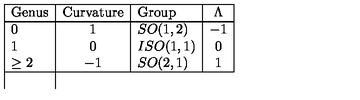
\begin{array} { | l | c | l | c | } \hline { \mathrm { G e n u s } } & { \mathrm { C u r v a t u r e } } & { \mathrm { G r o u p } } & { \Lambda } \\ \hline { 0 } & { 1 } & { S O ( 1 , 2 ) } & { - 1 } \\ { 1 } & { 0 } & { I S O ( 1 , 1 ) } & { 0 } \\ { \geq 2 } & { - 1 } & { S O ( 2 , 1 ) } & { 1 } \\ \hline { } \\ \end{array}